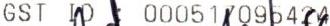
GST ID : 000517095424